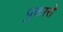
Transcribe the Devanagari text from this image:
पुकारो